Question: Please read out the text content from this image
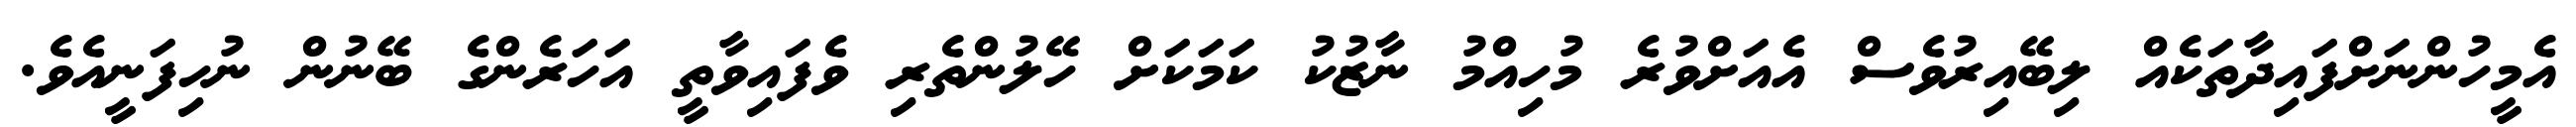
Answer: އެމީހުންނަށްފައިދާތަކެއް ލިބޭއިރުވެސް އެއަށްވުރެ މުހިއްމު ނާޒުކު ކަމަކަށް ހޭލުންތެރި ވެފައިވާތީ އަހަރެންގެ ބޭނުން ނުހިފަނީއެވެ.